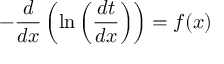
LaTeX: - { \frac { d } { d x } } \left( \ln \left( { \frac { d t } { d x } } \right) \right) = f ( x )